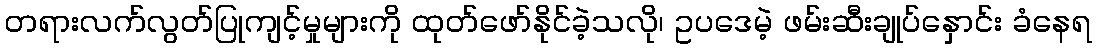
တရားလက်လွတ်ပြုကျင့်မှုများကို ထုတ်ဖော်နိုင်ခဲ့သလို၊ ဥပဒေမဲ့ ဖမ်းဆီးချုပ်နှောင်း ခံနေရ